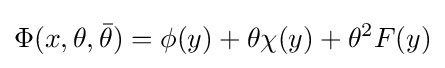
\Phi (x,\theta ,{\bar {\theta }})=\phi (y)+\theta \chi (y)+\theta ^{2}F(y)